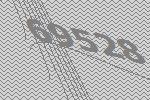
69528